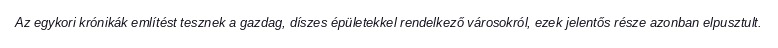
Az egykori krónikák említést tesznek a gazdag, díszes épületekkel rendelkező városokról, ezek jelentős része azonban elpusztult.